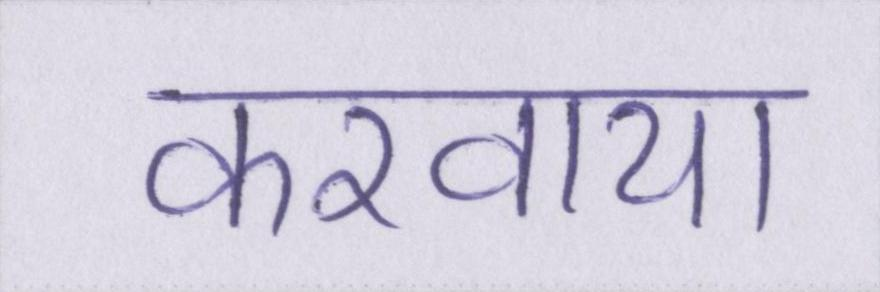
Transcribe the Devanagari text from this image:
करवाया